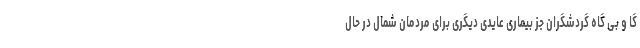
گا و بی گاه گردشگران جز بیماری عایدی دیگری برای مردمان شمال در حال